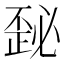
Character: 𰀜